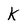
Character: k